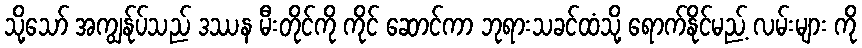
သို့သော် အကျွန်ုပ်သည် ဒဿန မီးတိုင်ကို ကိုင် ဆောင်ကာ ဘုရားသခင်ထံသို့ ရောက်နိုင်မည့် လမ်းများ ကို